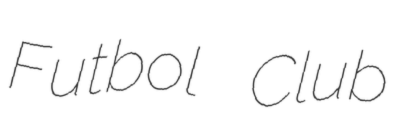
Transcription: Futbol Club